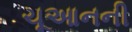
ચૂઆનની